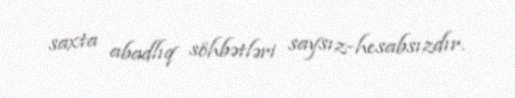
saxta abadlıq söhbətləri saysız-hesabsızdır.